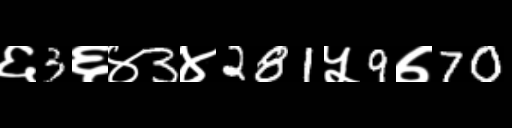
Text: ६3६४3४281५9७70